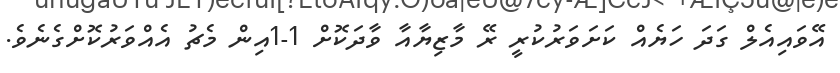
އޭވައިއެލް ގަދަ ހަޔެއް ކަށަވަރުކުރީ ރޭ މާޒިޔާއާ ވާދަކޮށް 1-1އިން މެޗު އެއްވަރުކޮށްގެނެވެ.